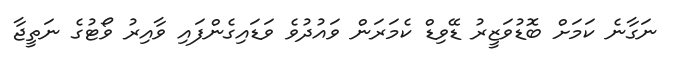
ނަގާނެ ކަމަށް ބޮޑުވަޒީރު ޑޭވިޑް ކެމަރަން ވައުދުވެ ވަޑައިގެންފައި ވާއިރު ވޯޓުގެ ނަތީޖާ